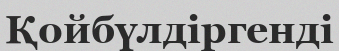
Қойбүлдіргенді